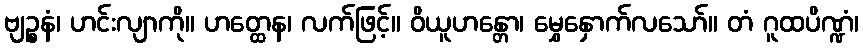
ဗျဉ္စနံ၊ ဟင်းလျာကို။ ဟတ္ထေန၊ လက်ဖြင့်။ ဝိယူဟန္တော၊ မွှေနှောက်လသော်။ တံ ဂူထပိဏ္ဍံ၊